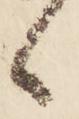
候